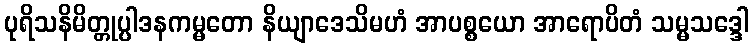
ပုရိသနိမိတ္တုပ္ပါဒနကမ္မတော နိယျာဒေသိမဟံ အာပစ္စယော အာရောပိတံ သမ္မသဒ္ဒေါ